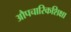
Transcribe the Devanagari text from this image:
औपचारिकशिक्षा